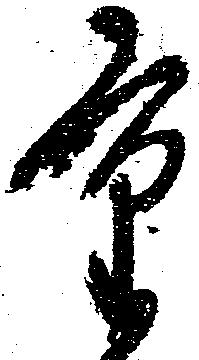
重